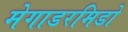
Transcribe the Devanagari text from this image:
मेगाडरमिडो